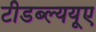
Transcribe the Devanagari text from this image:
टीडब्ल्ययूए